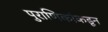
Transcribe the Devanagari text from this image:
पुराणिकांकडून